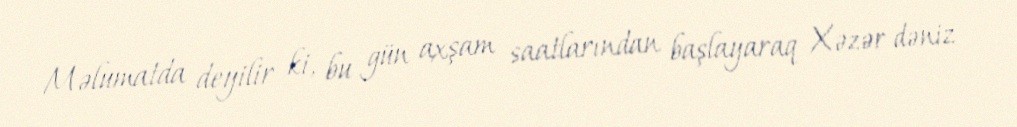
Məlumatda deyilir ki, bu gün axşam saatlarından başlayaraq Xəzər dəniz